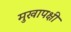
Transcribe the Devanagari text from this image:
मुखापक्षी